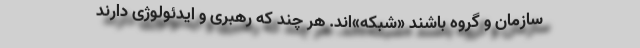
سازمان و گروه باشند «شبکه»‌اند. هر چند که رهبری و ایدئولوژی دارند